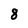
Character: 8